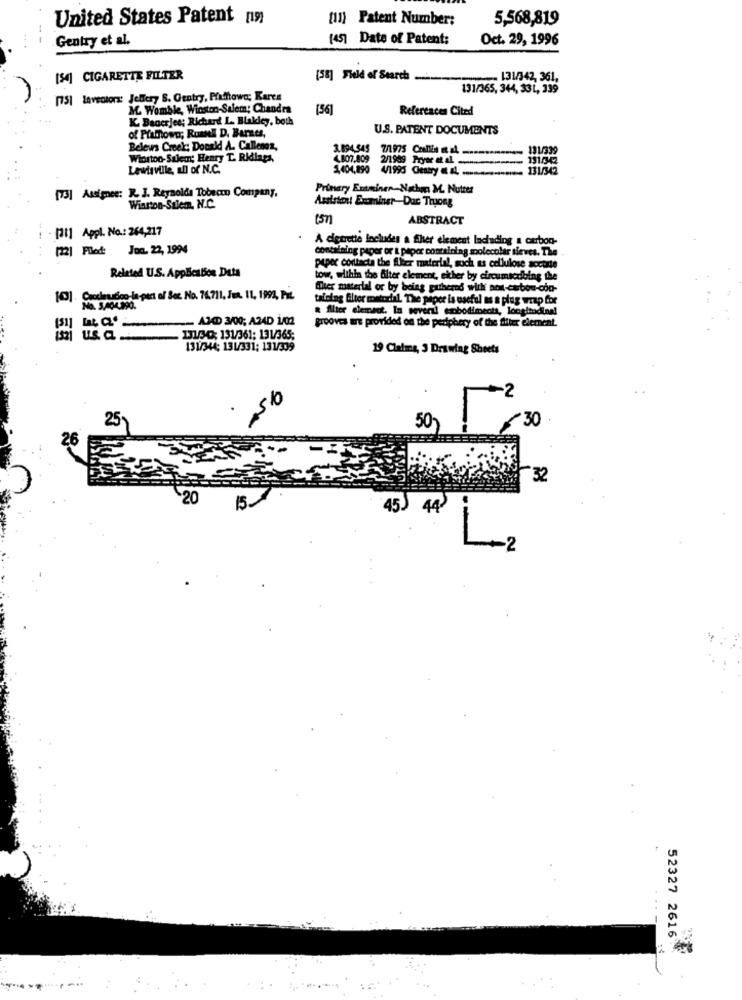
United States Patent [ın
[1]) Patent Number:
5,568,819
Gentry et al.
(45) Date of Patent:
Oct. 29, 1996
[54] CIGARETTE FILTER
(58] Field of Search
131/342, 361.
131/365, 344, 33L, 339
[75] laveotors: Jeffery S. Gentry, Pfafftowa; Karea
M Womble, Winston-Salem; Chandra
(56]
References Cited
K. Banerjee; Richard L .. Blakley, both
U.S. PATENT DOCUMENTS
of Prabowo; RuanE D. Barnes,
Belews Creek: Donald A. Callenez,
3.094.545 7/1975 Collis et al. .........
Winston-Salem; Henry T. Ridings,
4.807.809
2/1989 Pytt etal.
191/342
Lewisville, all of N.C.
1,404,890 4/1995 Gentry a al. ......
131/342
Primary Examiner-Nathan M. Nutter
[73] Assimnes: R. J. Reynolds Tobecon Company,
Assistent Examiner-Duc Truong
Winston-Salemn. N.C.
ABSTRACT
- [1] Appl. No .: 264,217
A dietrette focludes a Sher element ladading a carbon-
(22| Filed:
Jon. 22, 1994
containing paper or i paper containing molecular sieves. The
Related U.S. Application Data
paper contacta the Sker material, such as cellulose soctale
tow, within the filter element, either by circumscdoing the
fer material or by being gathered with non-carbon-con-
[0] . Ccdmusico, la-part of Set No. 76.711. Jun. 11, 1994, PIL.
talolng filter metodiil. The paper is useful as a plug map for
& Alter element. In several esbodiments, longitudinal
AMD 3/00; A24D 1/02
grooves are provided on the periphery of the Silier element.
is us a
2 58
131/30; 131/361: 131/365;
131/344: 131/331: 131/339
19 Claims, 3 Drawing Sheets
150
25
50-
30
32
+20
15.
45.
44
-2
52327 2616
..